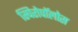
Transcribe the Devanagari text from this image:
स्पिरोपॉलोस